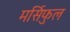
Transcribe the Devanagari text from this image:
मर्सिफुल